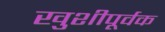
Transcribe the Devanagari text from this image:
खुशीपूर्वक